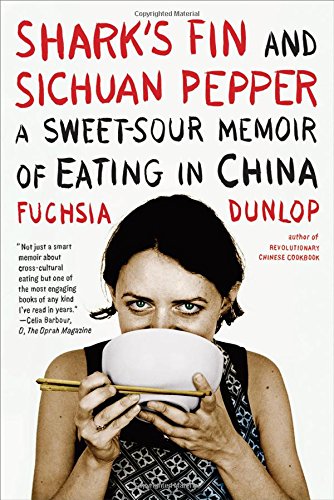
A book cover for Shark's Fin and Sichuan Pepper: A Sweet-Sour Memoir of Eating in China; Fuchsia Dunlop; Cookbooks, Food & Wine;